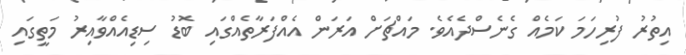
އިތުރު ފުރިހަމަ ކަމެއް ގެނެސްދެއެވެ. މައްޗަށް އަރަން އެއްފަރާތެއްގައި ބޮޑު ސިޑިއެއްވާއިރު މަތީގައި